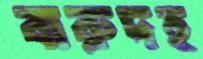
বারুদহ